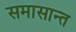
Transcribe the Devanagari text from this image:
समासान्त